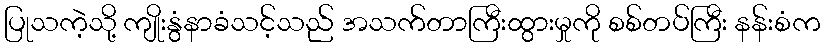
ပြုသကဲ့သို့ ကျိုးနွံနာခံသင့်သည် အသက်တာကြီးထွားမှုကို စစ်တပ်ကြီး နန်းစံက